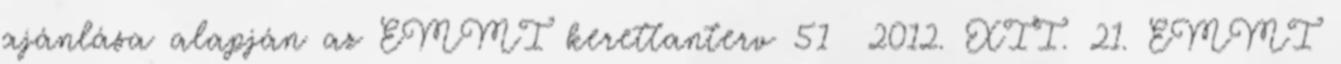
ajánlása alapján az EMMI kerettanterv 51 2012. XII. 21. EMMI